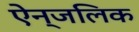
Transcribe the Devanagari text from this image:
ऐन्जलिक